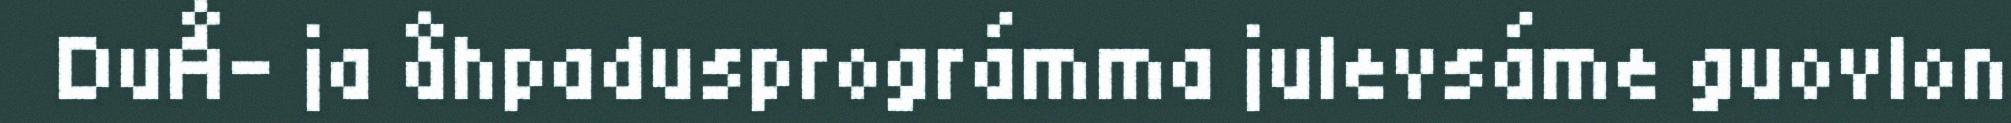
DuÅ- ja åhpadusprográmma julevsáme guovlon